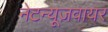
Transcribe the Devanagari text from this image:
नेटन्यूज़वायर